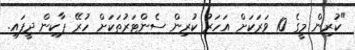
"ކުރިން މީގެ 10 ވަރަކަށް އަހަރު ކުރިން ސެންޓަރުތަކަށް ހުރޭ ޕާކިން ދީފައި.